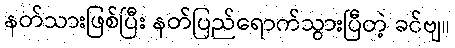
နတ်သားဖြစ်ပြီး နတ်ပြည်ရောက်သွားပြီတဲ့ ခင်ဗျ။